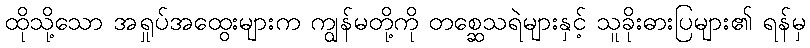
ထိုသို့သော အရှုပ်အထွေးများက ကျွန်မတို့ကို တစ္ဆေသရဲများနှင့် သူခိုးဓားပြများ၏ ရန်မှ